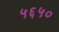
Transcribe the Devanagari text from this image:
५६५०